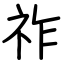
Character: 祚